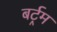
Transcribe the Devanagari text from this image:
बर्ट्रम